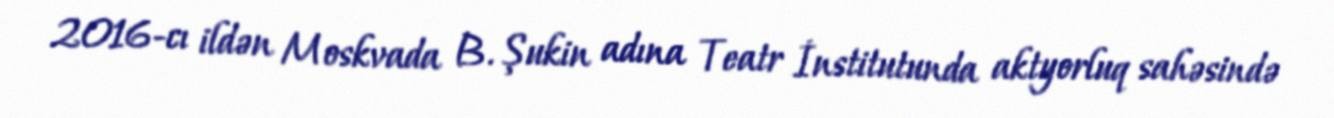
2016-cı ildən Moskvada B. Şukin adına Teatr İnstitutunda aktyorluq sahəsində